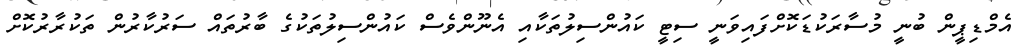
އެމްޑިޕީން ބުނީ މުސާރަކުޑަކޮށްފައިވަނީ ސިޓީ ކައުންސިލުތަކާއި އެނޫންވެސް ކައުންސިލުތަކުގެ ބާރުތައް ސަރުކާރުން ތަކުރާރުކޮށް